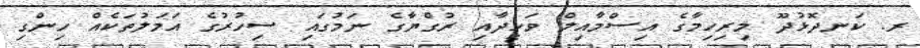
ރ. ކަނދޮޅުދޫ މިރިހިމާގެ އިސްމާއިލް ވަހީދާއި ރުގްޔާގެ ނަމުގައި ސިހުރުގެ އަމަލުތަކެއް ހިންގި